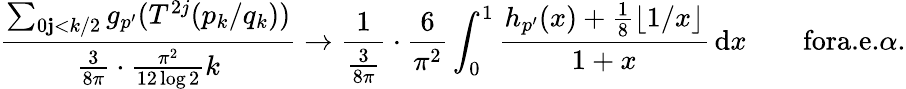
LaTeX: \frac{\sum_{0\le j<k/2}g_{p^{\prime}}(T^{2j}(p_{k}/q_{k}))}{\frac{3}{8\pi}\cdot\frac{\pi^{2}}{12\log 2}k}\to\frac{1}{\frac{3}{8\pi}}\cdot\frac{6}{\pi^{2}}\int_{0}^{1}\frac{h_{p^{\prime}}(x)+\frac{1}{8}\lfloor 1/x\rfloor}{1+x}\, \mathrm{d}x\qquad\textrm{fora.e.}\alpha.